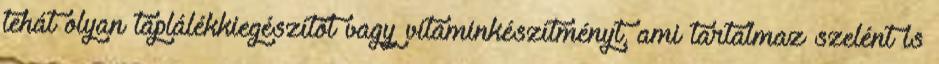
tehát olyan táplálékkiegészítőt vagy vitaminkészítményt, ami tartalmaz szelént is